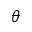
\theta